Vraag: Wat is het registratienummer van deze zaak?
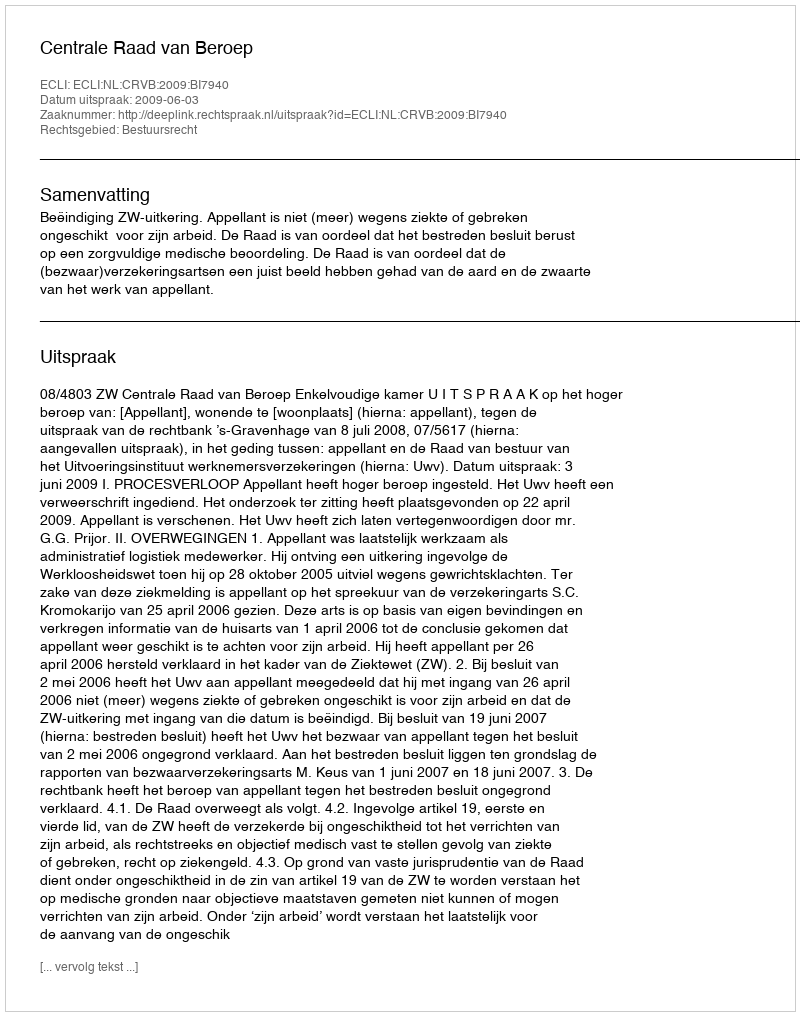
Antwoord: http://deeplink.rechtspraak.nl/uitspraak?id=ECLI:NL:CRVB:2009:BI7940